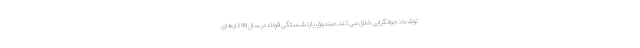
نوشت: جوانگرایی خلق می کند.صندوق بازنشستگی فولاد در سال ۹۹ کارهای